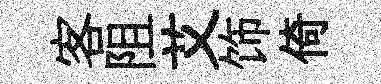
客阻艾饰倚